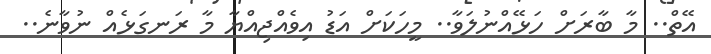
އޭތް.. މާ ބާރަށް ހަޅޭއްނުލަވާ.. މީހަކަށް އަޑު އިވެއްޖިއްޔާ މާ ރަނގަޅެއް ނުވާނެ..